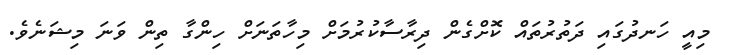
މިއީ ހަނދުގައި ދަތުރުތައް ކޮށްގެން ދިރާސާކުރުމަށް މިހާތަނަށް ހިންގާ ތިން ވަނަ މިޝަނެވެ.